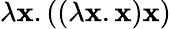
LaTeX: \lambda\mathbf{x}.((\lambda\mathbf{x}.\mathbf{x})\mathbf{x})